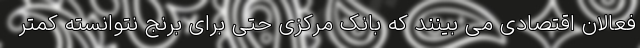
فعالان اقتصادی می بینند که بانک مرکزی حتی برای برنج نتوانسته کمتر